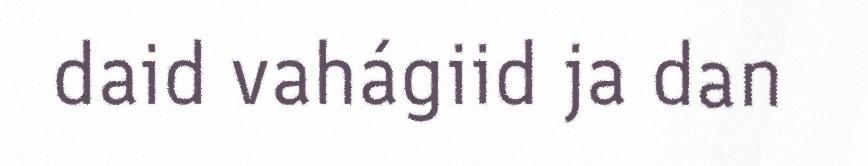
daid vahágiid ja dan